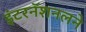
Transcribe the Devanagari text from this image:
इंटरनॅशनलने